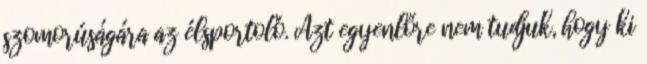
szomorúságára az élsportoló. Azt egyenlőre nem tudjuk, hogy ki